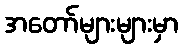
အတော်များများမှာ